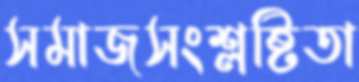
সমাজসংশ্লষ্টিতা